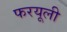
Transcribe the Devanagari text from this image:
फरयूली